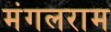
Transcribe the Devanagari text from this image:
मंगलराम